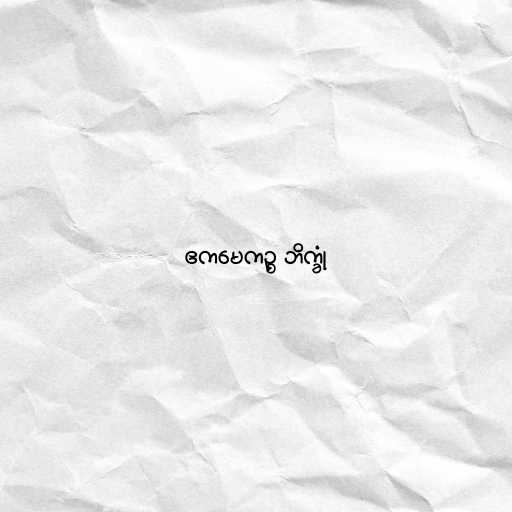
ဧကမေကဉ္စ ဘိက္ခုံ